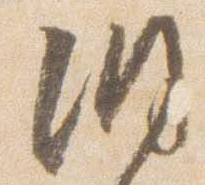
洞